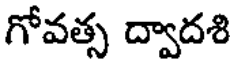
గోవత్స ద్వాదశి